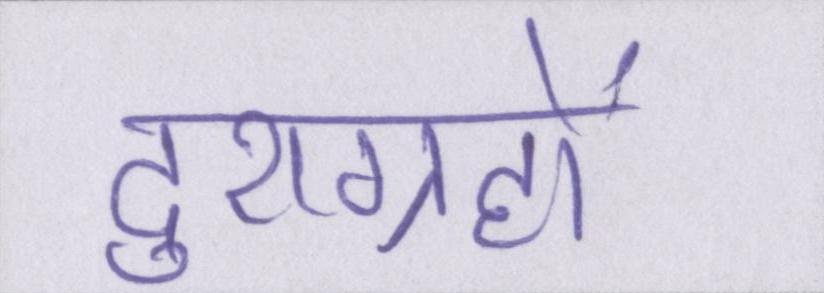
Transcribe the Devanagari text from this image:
दुराग्रहों